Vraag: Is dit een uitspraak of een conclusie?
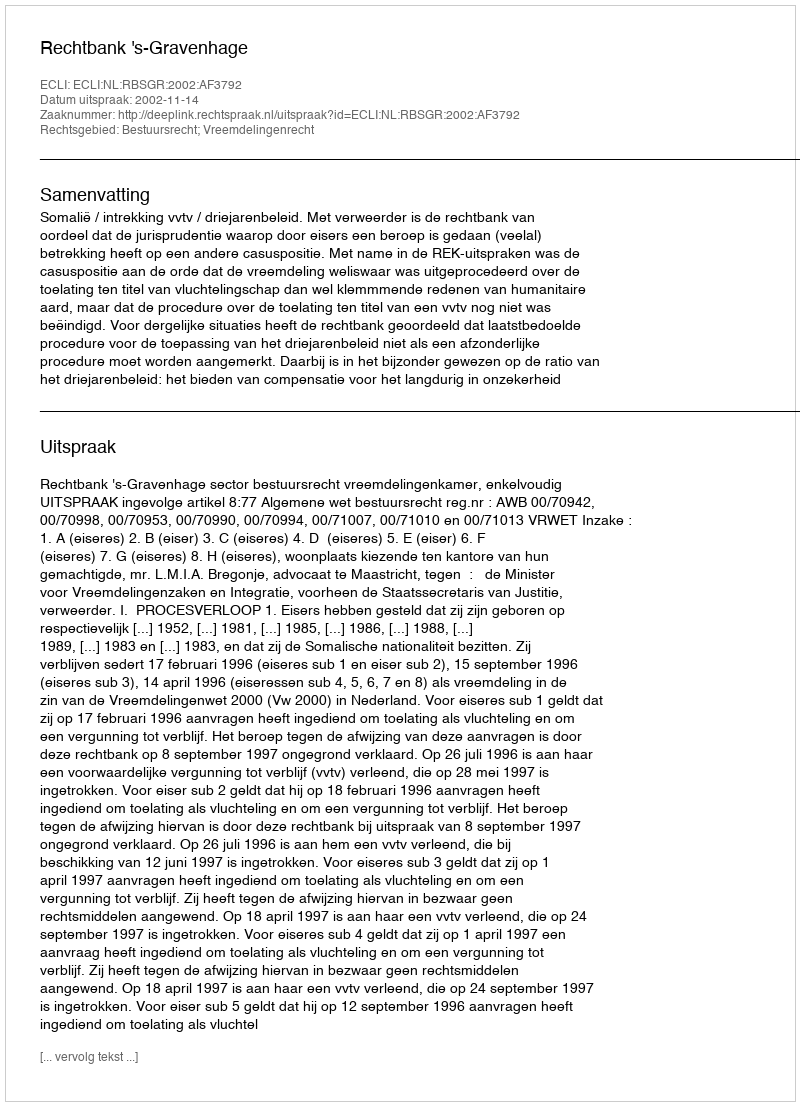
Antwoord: Uitspraak